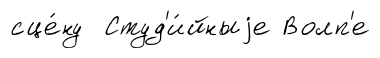
сце́ну Студ'и́йныjе Волп'е